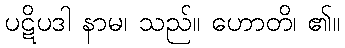
ပဋိပဒါ နာမ၊ သည်။ ဟောတိ၊ ၏။